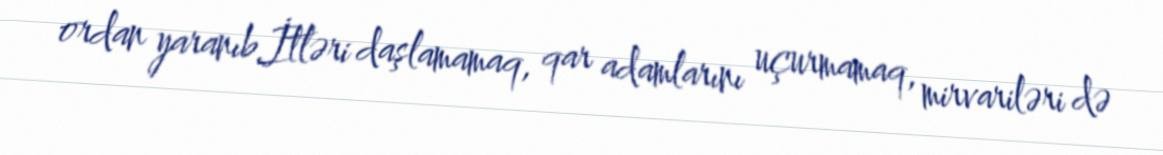
ordan yaranıb.İtləri daşlamamaq, qar adamlarını uçurmamaq, mirvariləri də